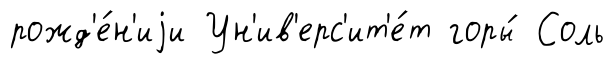
рожд'е́н'иjи Ун'ив'ерс'ит'е́т горы́ Соль